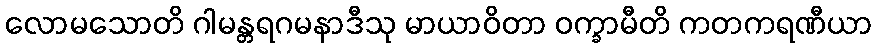
လောမသောတိ ဂါမန္တရဂမနာဒီသု မာယာဝိတာ ဝက္ခာမီတိ ကတကရဏီယာ